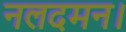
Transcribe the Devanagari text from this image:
नलदमन।